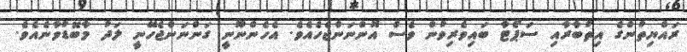
ރައްޔިތުންގެ އިތުބާރާއި ސަޕޯޓާ ބައިވެރިވުން ވެސް އޮންނަންޖެހެއެވެ. އެހެންނޫނީ ގަންނަންޖެހޭނީ ލަދު މާބޮޑުވާނެއެވެ.